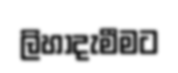
ලිහාදැමීමට